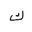
Letter: _kaf